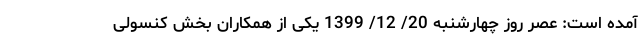
آمده است: عصر روز چهارشنبه 20/ 12/ 1399 یکی از همکاران بخش کنسولی